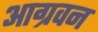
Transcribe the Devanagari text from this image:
आग्रवन